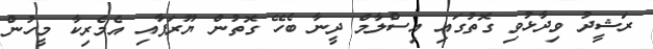
ރަޝީދު ވިދާޅުވި ގޮތުގައި އިސްލާމް ދީނާ ބެހޭ ގޮތުން ޔޫރަޕާއި އެމެރިކާ މީހުން